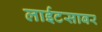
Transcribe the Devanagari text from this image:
लाईटसाबर